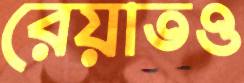
রেয়াতও